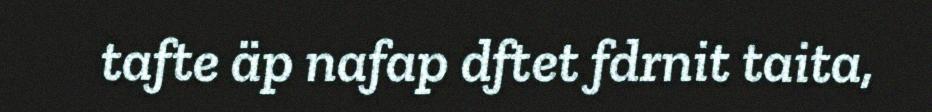
tafte äp nafap dftet fdrnit taita,